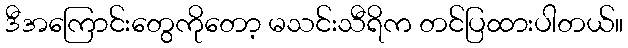
ဒီအကြောင်းတွေကိုတော့ မသင်းသီရိက တင်ပြထားပါတယ်။